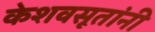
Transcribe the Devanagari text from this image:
केशवसूतांनी